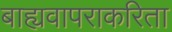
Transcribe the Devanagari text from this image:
बाह्यवापराकरिता